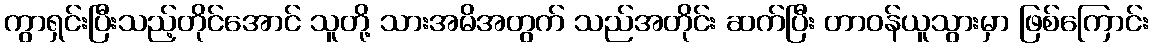
ကွာရှင်းပြီးသည့်တိုင်အောင် သူတို့ သားအမိအတွက် သည်အတိုင်း ဆက်ပြီး တာဝန်ယူသွားမှာ ဖြစ်ကြောင်း